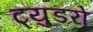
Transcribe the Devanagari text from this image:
ट्युडरों